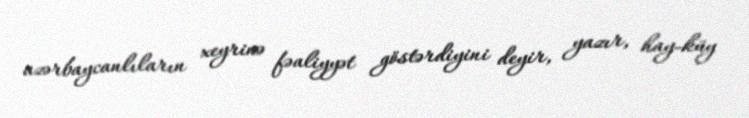
azərbaycanlıların xeyrinə fəaliyyət göstərdiyini deyir, yazır, hay-küy